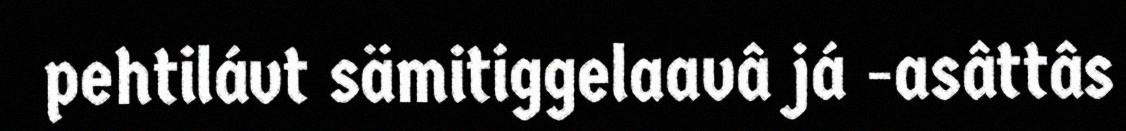
pehtilávt sämitiggelaavâ já -asâttâs